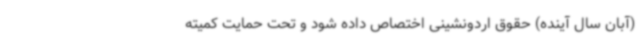
(آبان سال آینده) حقوق اردونشینی اختصاص داده شود و تحت حمایت کمیته